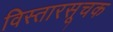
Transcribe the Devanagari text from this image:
विस्तारसूचक